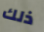
ذلك